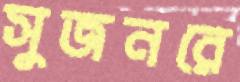
সুজনরে